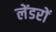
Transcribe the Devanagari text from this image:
लेंडरों